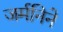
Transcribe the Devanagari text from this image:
जर्मनिने